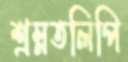
শ্রম্নতলিপি